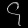
Digit: ၄